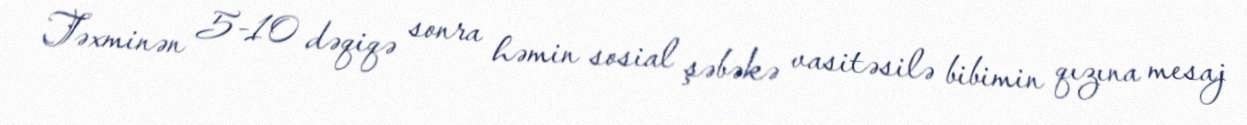
Təxminən 5-10 dəqiqə sonra həmin sosial şəbəkə vasitəsilə bibimin qızına mesaj